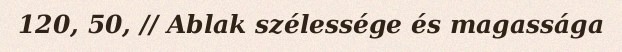
120, 50, // Ablak szélessége és magassága